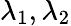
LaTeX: \lambda_{1},\lambda_{2}